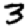
Digit: 3